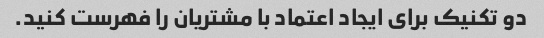
دو تکنیک برای ایجاد اعتماد با مشتریان را فهرست کنید.